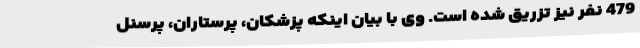
479 نفر نیز تزریق شده است. وی با بیان اینکه پزشکان، پرستاران، پرسنل